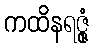
ကထိနရဇ္ဇုံ